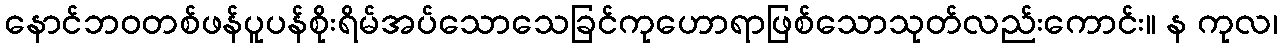
နောင်ဘဝတစ်ဖန်ပူပန်စိုးရိမ်အပ်သောသေခြင်ကုဟောရာဖြစ်သောသုတ်လည်းကောင်း။ န ကုလ၊